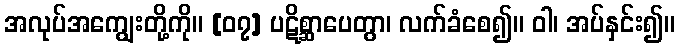
အလုပ်အကျွေးတို့ကို။ [၀၇] ပဋိစ္ဆာပေတွာ၊ လက်ခံစေ၍။ ဝါ၊ အပ်နှင်း၍။